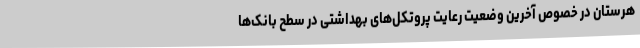
هرستان در خصوص آخرین وضعیت رعایت پروتکل‌های بهداشتی در سطح بانک‌ها